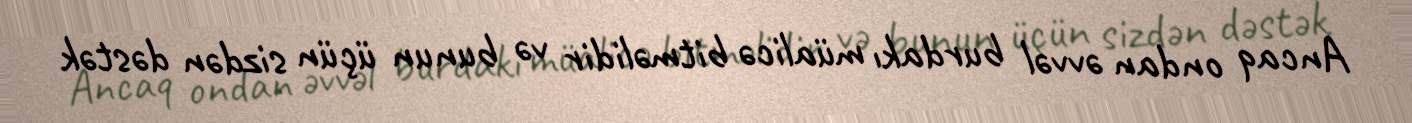
Ancaq ondan əvvəl burdakı müalicə bitməlidir və bunun üçün sizdən dəstək